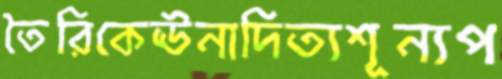
তৈরিকেঊনাদিত্যশূন্যপ